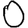
Digit: 0